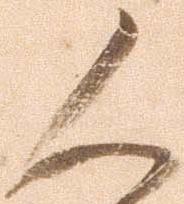
人